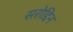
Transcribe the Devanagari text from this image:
सरोद्दिन